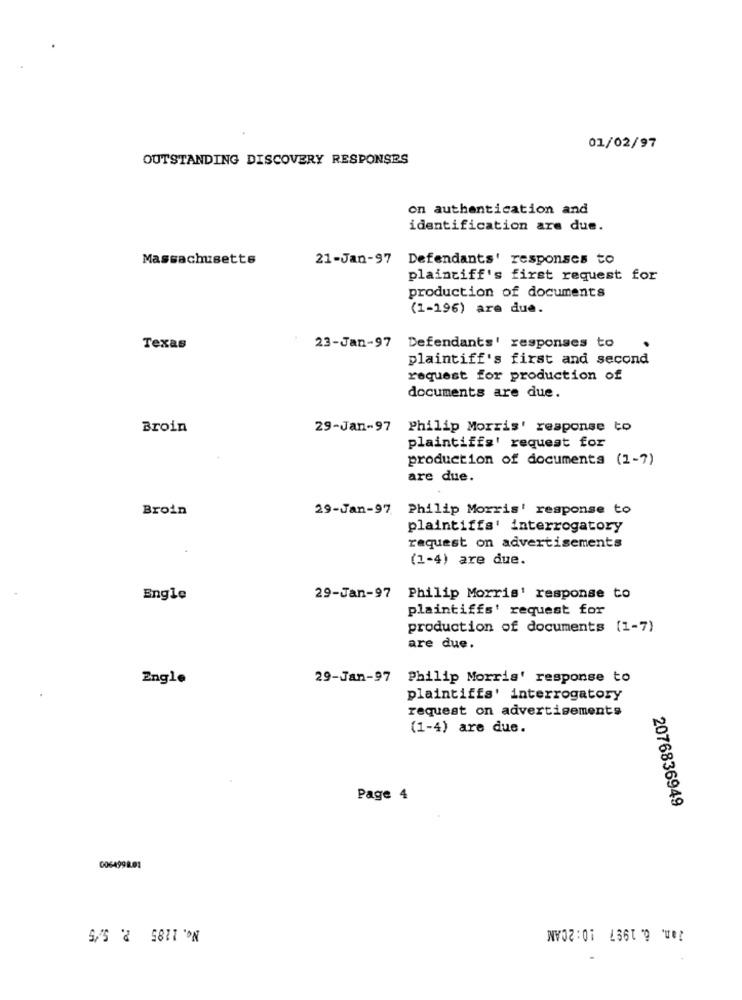
01/02/97
OUTSTANDING DISCOVERY RESPONSES
on authentication and
identification are due.
Massachusetts
21-Jan-97 Defendants' responses to
plaintiff's first request for
production of documents
(1-196) are due.
Texas
23-Jan-97 Defendants' responses to
plaintiff's first and second
request for production of
documents are due.
Broin
29-Jan-97 Philip Morris' response to
plaintiffs' request for
production of documents (1-7)
are due.
Broin
29-Jan-97 Philip Morris' response to
plaintiffs' interrogatory
request on advertisements
(1-4) are due.
Engle
29-Jan-97 Philip Morris' response to
plaintiffs' request for
production of documents [1-7)
are due.
Engle
29-Jan-97 Philip Morris' response to
plaintiffs' interrogatory
request on advertisements
(1-4) are due.
Page 4
2076836949
0064998.01
No. 1285 2. 5/5
Zan. 6. 1997 10:20AM